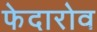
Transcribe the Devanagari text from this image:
फेदारोव